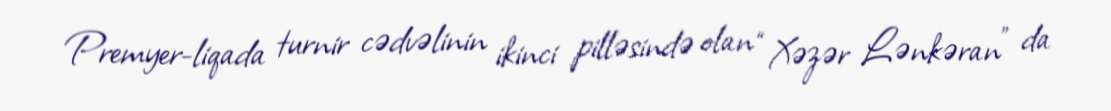
Premyer-liqada turnir cədvəlinin ikinci pilləsində olan “Xəzər Lənkəran” da